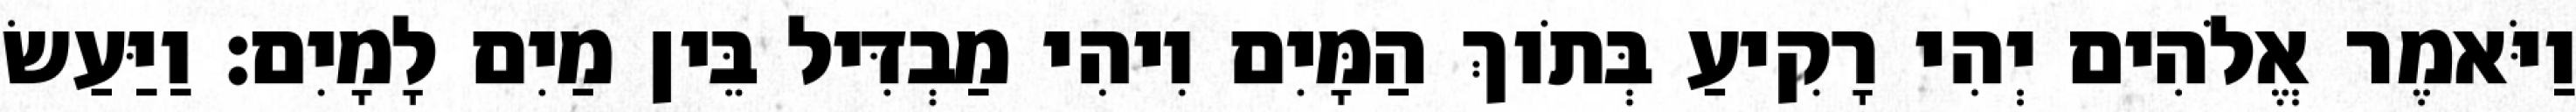
וַיֹּאמֶר אֱלֹהִים יְהִי רָקִיעַ בְּתֹוךְ הַמָּיִם וִיהִי מַבְדִּיל בֵּין מַיִם לָמָיִם׃ וַיַּעַשׂ